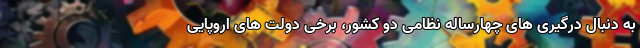
به دنبال درگیری های چهارساله نظامی دو کشور، برخی دولت های اروپایی